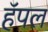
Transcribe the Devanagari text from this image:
हॅपल